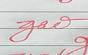
Signature authenticity: forged